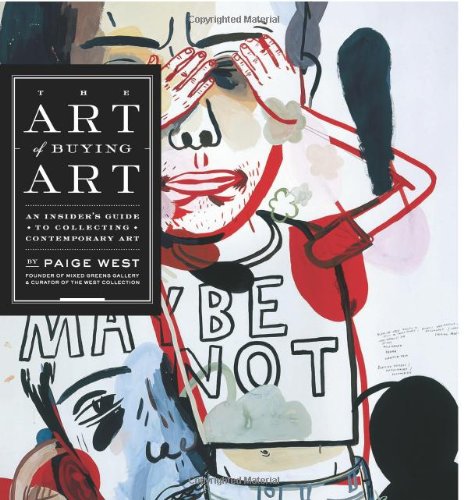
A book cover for The Art of Buying Art: An Insider's Guide to Collecting Contemporary Art; Paige West; Crafts, Hobbies & Home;